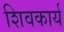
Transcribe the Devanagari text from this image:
शिवकार्य